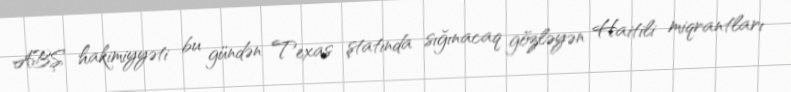
ABŞ hakimiyyəti bu gündən Texas ştatında sığınacaq gözləyən Haitili miqrantları